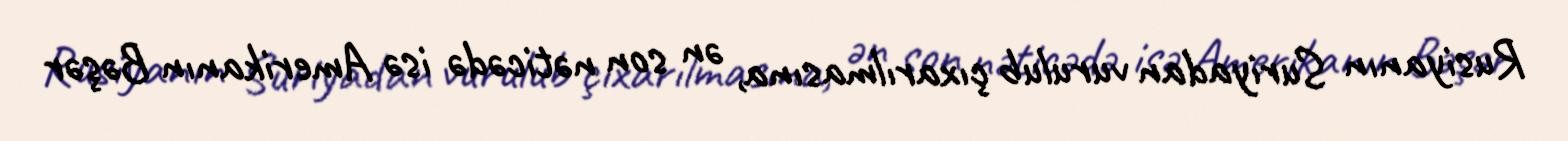
Rusiyanın Suriyadan vurulub çıxarılmasına, ən son nəticədə isə Amerikanın Bəşər